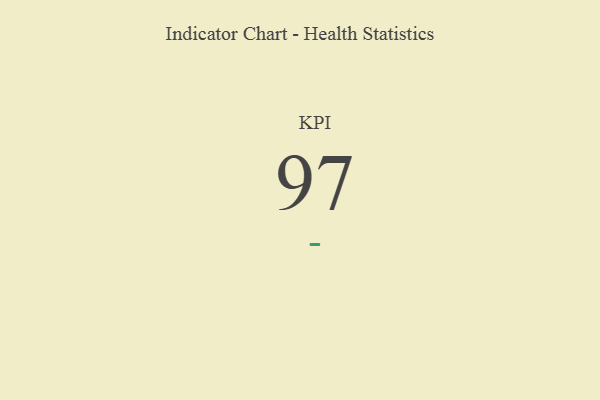
{"axis": {"x": "KPI", "y": "Value"}, "legend": [""], "data": [{"x": "KPI", "y": 97, "type": ""}]}